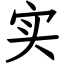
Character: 实